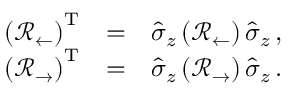
\begin{array} { r l r } { \left( \mathcal { R } _ { \leftarrow } \right) ^ { \mathrm { T } } } & { = } & { \hat { \sigma } _ { z } \left( \mathcal { R } _ { \leftarrow } \right) \hat { \sigma } _ { z } \, , } \\ { \left( \mathcal { R } _ { \rightarrow } \right) ^ { \mathrm { T } } } & { = } & { \hat { \sigma } _ { z } \left( \mathcal { R } _ { \rightarrow } \right) \hat { \sigma } _ { z } \, . } \end{array}